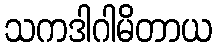
သကဒါဂါမိတာယ